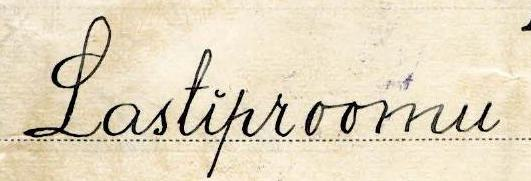
Lastiproomu